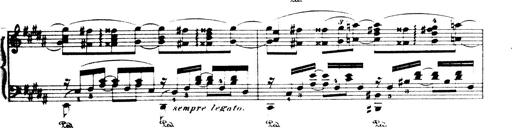
Title: Wagner-Liszt Album
Composer: Franz Liszt